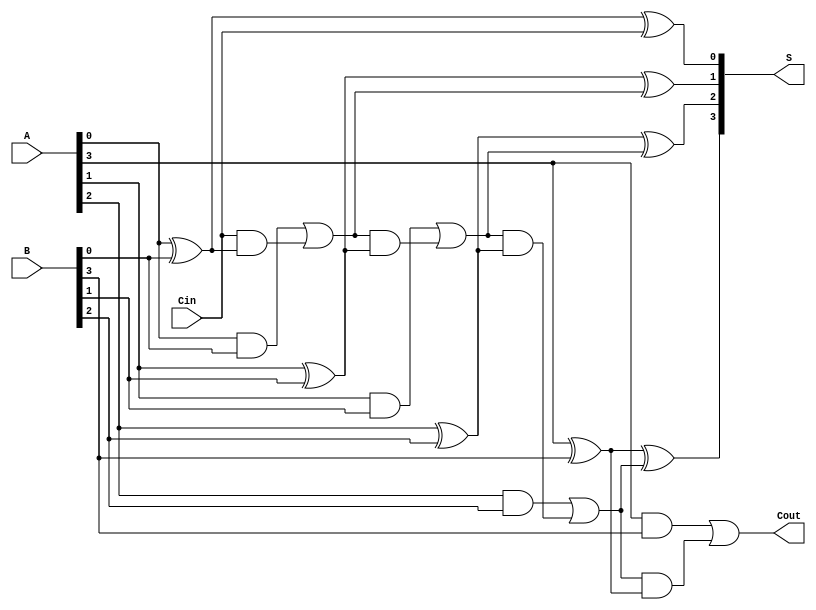
module HanCarlsonAdder #(parameter N = 4) (
    input [N-1:0] A,      // First n-bit input
    input [N-1:0] B,      // Second n-bit input
    input Cin,            // Carry-in
    output [N-1:0] S,     // n-bit sum output
    output Cout           // Carry-out
);

    wire [N:0] C;         // Carry signals (C[0] is Cin, C[N] is Cout)

    // Generate carry signals
    assign C[0] = Cin; // Carry-in to the first stage

    genvar i;
    generate
        for (i = 0; i < N; i = i + 1) begin : carry_generation
            // Generate carry for the current bit
            assign C[i + 1] = (A[i] & B[i]) | (C[i] & (A[i] ^ B[i]));
        end
    endgenerate

    // Generate sum outputs
    generate
        for (i = 0; i < N; i = i + 1) begin : sum_generation
            assign S[i] = A[i] ^ B[i] ^ C[i];
        end
    endgenerate

    // Carry-out is the last carry
    assign Cout = C[N];

endmodule